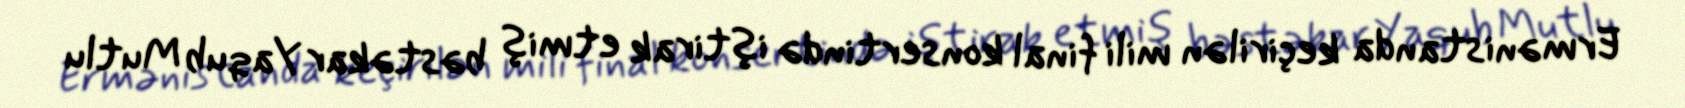
Ermənistanda keçirilən mili final konsertində iştirak etmiş bəstəkar Yaqub Mutlu